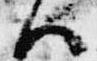
ハ